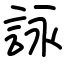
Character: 詠